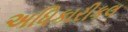
અધિકારીકલ